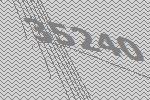
35240